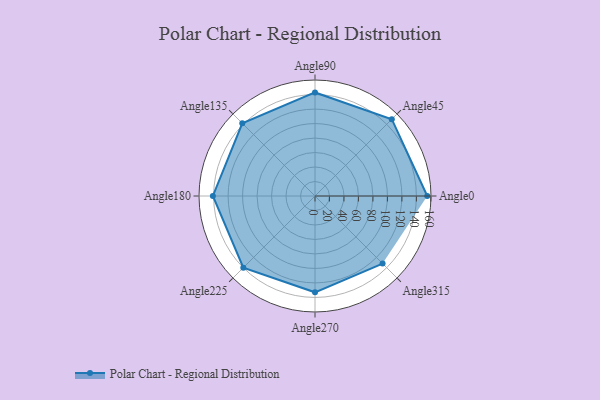
{"axis": {"x": "Angle", "y": "Radius"}, "legend": [""], "data": [{"x": "Angle0", "y": 155.0, "type": ""}, {"x": "Angle45", "y": 150.0, "type": ""}, {"x": "Angle90", "y": 143.0, "type": ""}, {"x": "Angle135", "y": 142.0, "type": ""}, {"x": "Angle180", "y": 141.0, "type": ""}, {"x": "Angle225", "y": 140.0, "type": ""}, {"x": "Angle270", "y": 133.0, "type": ""}, {"x": "Angle315", "y": 132.0, "type": ""}]}